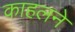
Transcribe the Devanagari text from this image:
काहलने